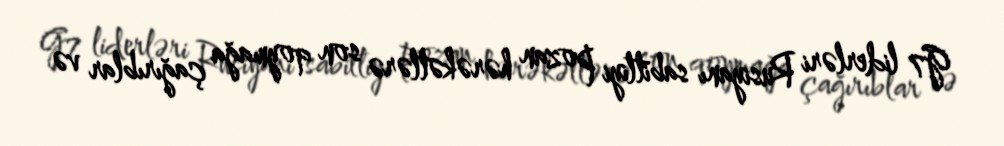
G7 liderləri Rusiyanı sabitliyi pozan hərəkətlərə son qoymağa çağırıblar və